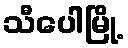
သီပေါမြို့